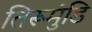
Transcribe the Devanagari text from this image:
तिरूमुंडि